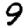
Digit: 9